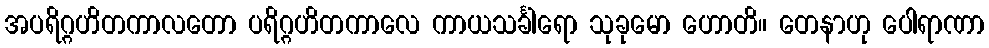
အပရိဂ္ဂဟိတကာလတော ပရိဂ္ဂဟိတကာလေ ကာယသင်္ခါရော သုခုမော ဟောတိ။ တေနာဟု ပေါရာဏာ